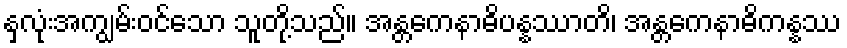
နှလုံးအကျွမ်းဝင်သော သူတို့သည်။ အန္တကေနာဓိပန္နဿာတိ၊ အန္တကေနာဓိကန္နဿ